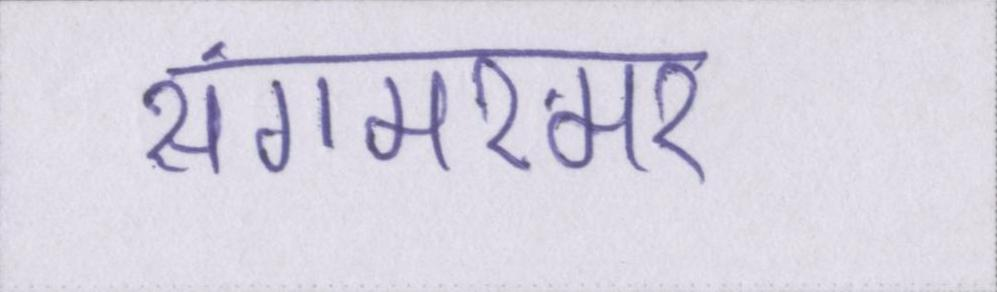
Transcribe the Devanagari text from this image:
संगमरमर